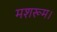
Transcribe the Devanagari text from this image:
मशरूम।